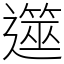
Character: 遾